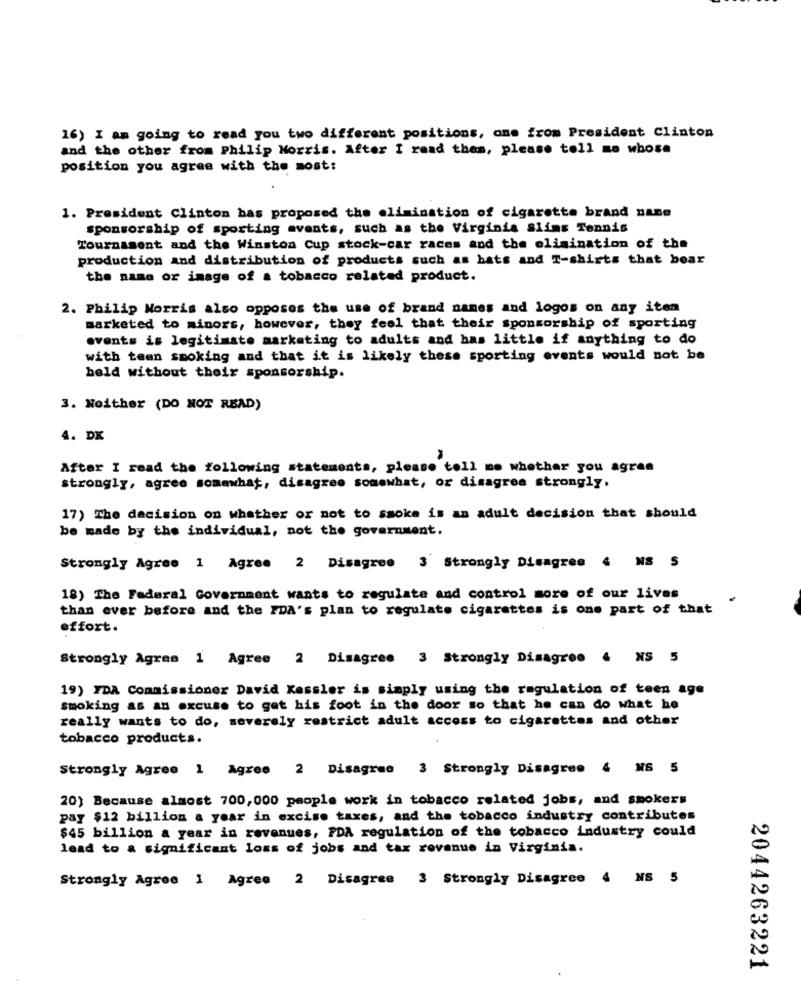
16) I am going to read you two different positions, one from President Clinton
and the other from Philip Morris. After I read them, please toll mo whose
position you agree with the most:
1. President Clinton has proposed the elimination of cigarette brand nane
sponsorship of sporting events, such as the Virginia slims Tennis
Tournament and the Winston Cup stock-car races and the elimination of the
production and distribution of products such as hats and T-shirts that bear
the name or image of a tobacco related product.
2. Philip Morris also opposes the use of brand names and logos on any iten
marketed to minors, however, they feel that their sponsorship of sporting
events is legitimate marketing to adults and has little if anything to do
with teen smoking and that it is likely these sporting events would not be
beld without their sponsorship.
3. Neither (DO NOT READ)
4. DK
After I read the following statements, please tell me whether you agree
strongly, agree somewhat, disagree somewhat, or disagree strongly.
17) The decision on whether or not to smoke is an adult decision that should
be made by the individual, not the government.
Strongly Agree 1 Agree 2 Disagree 3 Strongly Disagree 4 NS S
18) The Federal Government wants to regulate and control more of our lives
than ever before and the FDA's plan to regulate cigarettes is one part of that
effort.
Strongly Agres 1 Agree 2 Disagree 3 Strongly Disagree 4 NS 5
19) FDA Commissioner David Kessler is simply using the regulation of teen age
smoking as an excuse to get his foot in the door so that he can do what he
really wants to do, severely restrict adult access to cigarettes and other
tobacco products.
Strongly Agree 1 Agree 2 Disagree 3 Strongly Disagree 4 MS 5
20) Because almost 700,000 people work in tobacco related jobs, and smokers
pay $12 billion a year in excise taxes, and the tobacco industry contributes
$45 billion a year in revenues, FDA regulation of the tobacco industry could
lead to a significant loss of jobs and tax revenue in Virginia.
Strongly Agree 1 Agree 2 Disagree 3 Strongly Disagree 4 NS 5
2044263221